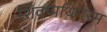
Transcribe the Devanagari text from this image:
शिवप्पथिगरम